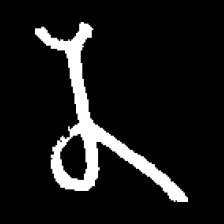
Pyu character \u2014 Myanmar letter: န (romanized: na)